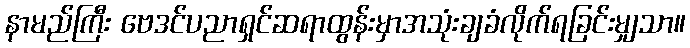
နာမည်ကြီး ဗေဒင်ပညာရှင်ဆရာထွန်းမှာအသုံးချခံလိုက်ရခြင်းမျှသာ။